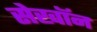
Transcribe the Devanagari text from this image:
सेखॉन